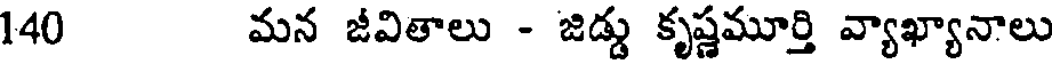
140 మన జీవితాలు - జిడ్డు కృష్ణమూర్తి వ్యాఖ్యానాలు